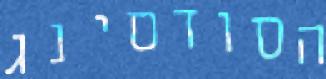
הסודסינג